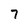
Character: 7